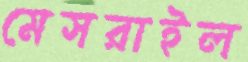
মেসরাইল